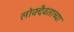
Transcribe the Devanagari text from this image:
लोक्दैवताच्या